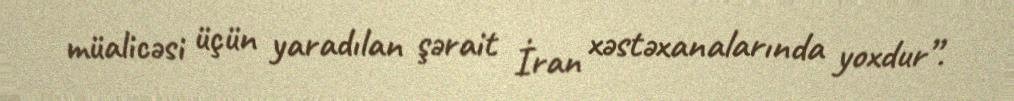
müalicəsi üçün yaradılan şərait İran xəstəxanalarında yoxdur”.